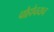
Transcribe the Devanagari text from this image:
पोहोचयच